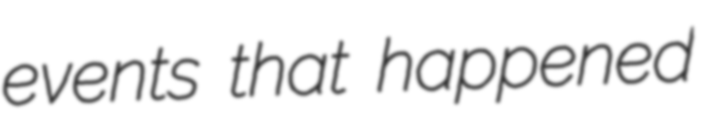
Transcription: events that happened